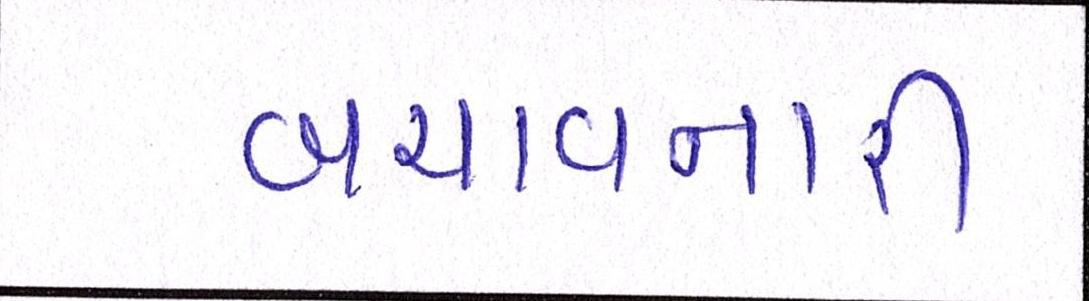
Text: બચાવનારી